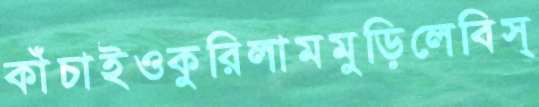
কাঁচাইওকুরিলামমুড়িলেবিস্